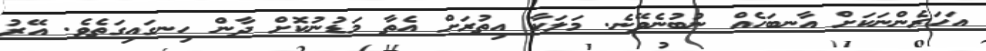
އަހަރެންނަކަށް އާނބަހެއް ނުބުނެވޭނެ. މަލަކާ އިތުރަށް އެތާ މަޑުނުކޮށް ދާން ހިނގައިގަތެވެ. އޭރު